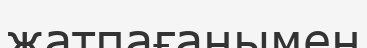
жатпағанымен